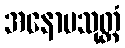
အနောမသုတ္တံ